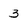
Character: 3